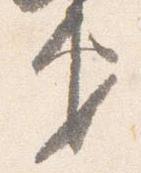
第